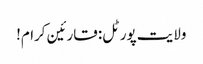
ولایت پورٹل: قارئین کرام!